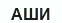
АШИ